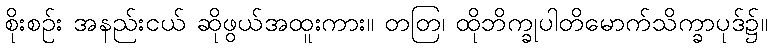
စိုးစဉ်း အနည်းငယ် ဆိုဖွယ်အထူးကား။ တတြ၊ ထိုဘိက္ခုပါတိမောက်သိက္ခာပုဒ်၌။